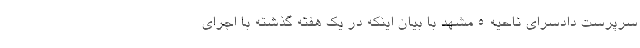
سرپرست دادسرای ناحیه 5 مشهد با بیان اینکه در یک هفته گذشته با اجرای